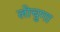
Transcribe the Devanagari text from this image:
लोचुगा